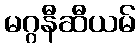
မဂ္ဂနီဆီယမ်